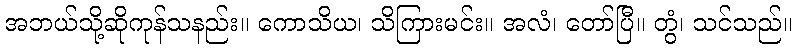
အဘယ်သို့ဆိုကုန်သနည်း။ ကောသိယ၊ သိကြားမင်း။ အလံ၊ တော်ပြီ။ တွံ၊ သင်သည်။